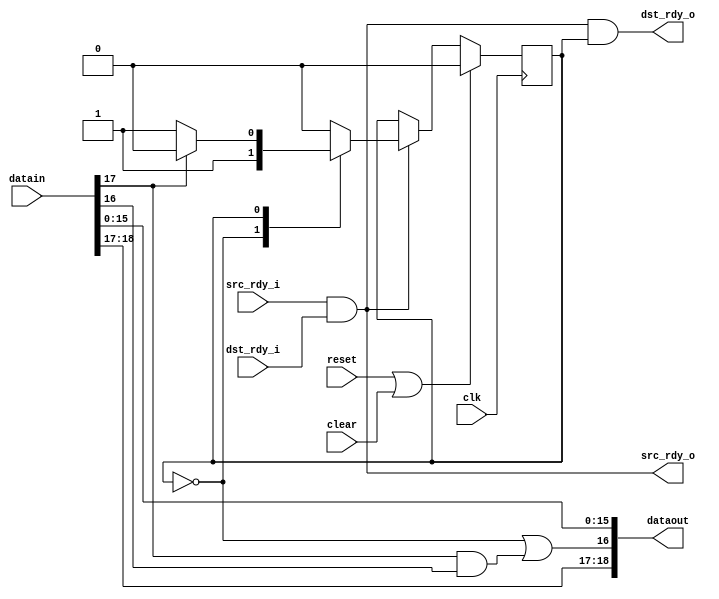
//
// Copyright 2011 Ettus Research LLC
//
// This program is free software: you can redistribute it and/or modify
// it under the terms of the GNU General Public License as published by
// the Free Software Foundation, either version 3 of the License, or
// (at your option) any later version.
//
// This program is distributed in the hope that it will be useful,
// but WITHOUT ANY WARRANTY; without even the implied warranty of
// MERCHANTABILITY or FITNESS FOR A PARTICULAR PURPOSE.  See the
// GNU General Public License for more details.
//
// You should have received a copy of the GNU General Public License
// along with this program.  If not, see <http://www.gnu.org/licenses/>.
//



//  Adds a junk line at the beginning of every packet, which the
//   following stages should ignore.  This gives us proper alignment due
//   to the 14 byte ethernet header

// Bit 18 -- odd length
// Bit 17 -- eof
// Bit 16 -- sof
// Bit 15:0 -- data

module fifo19_rxrealign
  (input clk, input reset, input clear,
   input [18:0] datain, input src_rdy_i, output dst_rdy_o,
   output [18:0] dataout, output src_rdy_o, input dst_rdy_i);
   
   reg 	rxre_state;
   localparam RXRE_DUMMY  = 0;
   localparam RXRE_PKT 	  = 1;
   
   assign dataout[18] 	  = datain[18];
   assign dataout[17] 	  = datain[17];
   assign dataout[16] 	  = (rxre_state==RXRE_DUMMY) | (datain[17] & datain[16]);  // allows for passing error signal
   assign dataout[15:0] = datain[15:0];
   
   always @(posedge clk)
     if(reset | clear)
       rxre_state <= RXRE_DUMMY;
     else if(src_rdy_i & dst_rdy_i)
       case(rxre_state)
	 RXRE_DUMMY :
	   rxre_state <= RXRE_PKT;
	 RXRE_PKT :
	   if(datain[17])   // if eof or error
	     rxre_state <= RXRE_DUMMY;
       endcase // case (rxre_state)

   assign src_rdy_o 	 = src_rdy_i & dst_rdy_i;   // Send anytime both sides are ready
   assign dst_rdy_o = src_rdy_i & dst_rdy_i & (rxre_state == RXRE_PKT);  // Only consume after the dummy
   
endmodule // fifo19_rxrealign